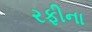
રફીના